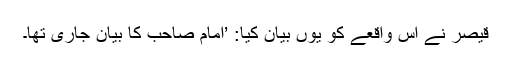
قیصر نے اس واقعے کو یوں بیان کیا: ’امام صاحب کا بیان جاری تھا۔